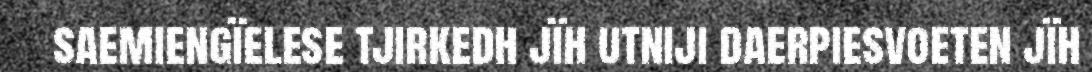
saemiengïelese tjirkedh jïh utniji daerpiesvoeten jïh